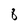
Character: 8